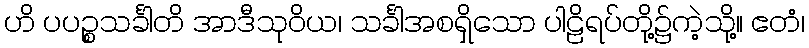
ဟိ ပပဉ္စသင်္ခါတိ အာဒီသုဝိယ၊ သင်္ခါအစရှိသော ပါဠိရပ်တို့၌ကဲ့သို့။ ဧတံ၊